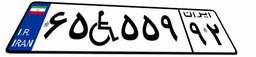
۶۵W۵۵۹۹۲